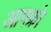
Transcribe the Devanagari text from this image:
आफ्फ्रो